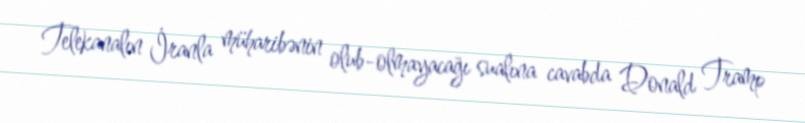
Telekanalın İranla müharibənin olub-olmayacağı sualına cavabda Donald Tramp